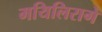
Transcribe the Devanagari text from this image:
मयिलिरागे